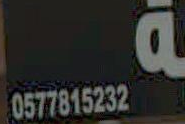
.....